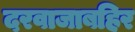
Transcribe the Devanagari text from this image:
दरवाजाबहिर